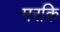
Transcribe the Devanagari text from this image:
मरकि